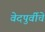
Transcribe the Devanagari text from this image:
वेदपुर्वीचे